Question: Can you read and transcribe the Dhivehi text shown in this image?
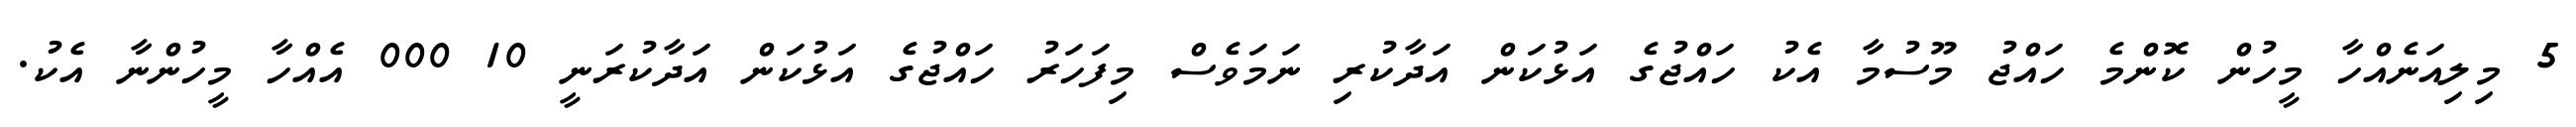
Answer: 5 މިލިއަނެއްހާ މީހުން ކޮންމެ ހައްޖު މޫސުމާ އެކު ހައްޖުގެ އަޅުކަން އަދާކުރި ނަމަވެސް މިފަހަރު ހައްޖުގެ އަޅުކަން އަދާކުރަނީ 10 000 އެއްހާ މީހުންނާ އެކު.